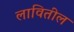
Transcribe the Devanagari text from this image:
लावितील